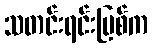
သတင်းရင်းမြစ်က